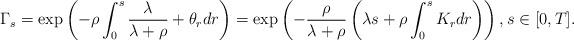
LaTeX: \begin{align*}\Gamma_s=\exp\left( -\rho \int_0^s \frac{\lambda}{\lambda+\rho} + \theta_r dr \right)= \exp\left( -\frac{\rho}{\lambda + \rho} \left( \lambda s + \rho \int_0^s K_r dr \right) \right), s \in [0,T]. \end{align*}